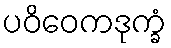
ပဝိဝေကဒုက္ခံ